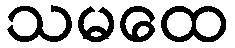
သမထေ